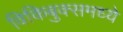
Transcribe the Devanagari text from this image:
विकिबुक्समध्ये